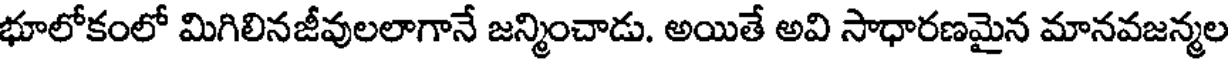
భూలోకంలో మిగిలినజీవులలాగానే జన్మించాడు. అయితే అవి సాధారణమైన మానవజన్మల